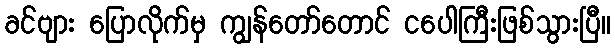
ခင်ဗျား ပြောလိုက်မှ ကျွန်တော်တောင် ငပေါကြီးဖြစ်သွားပြီ။